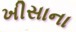
ખીસાના